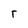
Character: r